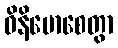
ဝိနိမောစေတွာ